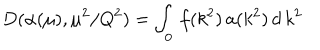
D ( \alpha ( \mu ) , \mu ^ { 2 } / Q ^ { 2 } ) = \int _ { 0 } \, f ( k ^ { 2 } ) \, \mathbf { a } ( k ^ { 2 } ) \, d \, k ^ { 2 }